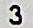
3